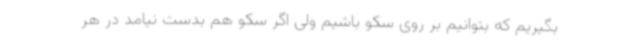
بگیریم که بتوانیم بر روی سکو باشیم ولی اگر سکو هم بدست نیامد در هر